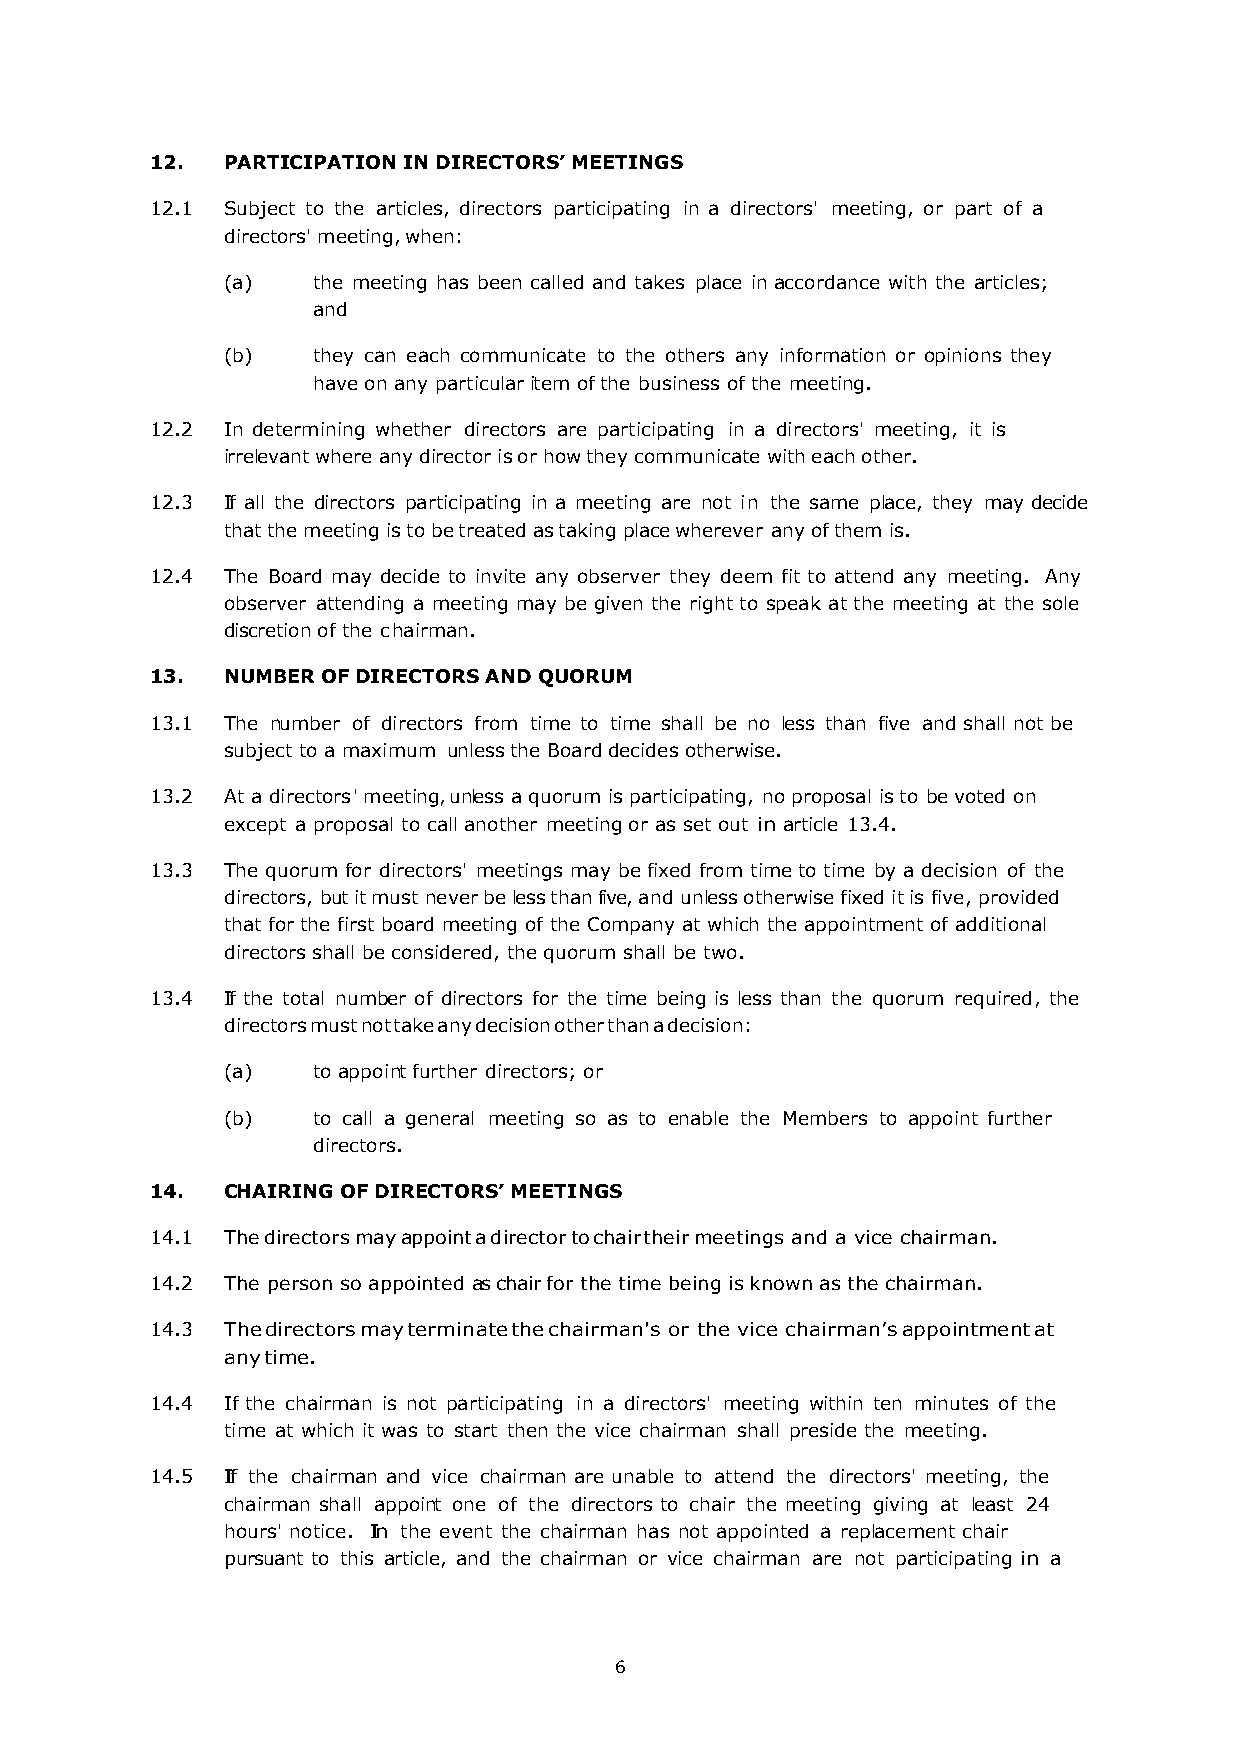
12.  PARTICIPATION IN DIRECTORS’ MEETINGS
 12.1 Subject to the articles, directors participating in a directors' meeting, or part of a
 directors' meeting, when:
 (a)   the meeting has been called and takes place in accordance with the articles;
 and
 (b)   they can each communicate to the others any information or opinions they
 have on any particular item of the business of the meeting.
 12.2 In determining whether directors are participating in a directors' meeting, it is
 irrelevant where any director is or how they communicate with each other.
 12.3 If all the directors participating in a meeting are not in the same place, they may decide
 that the meeting is to be treated as taking place wherever any of them is.
 12.4 The Board may decide to invite any observer they deem fit to attend any meeting. Any
 observer attending a meeting may be given the right to speak at the meeting at the sole
 discretion of the chairman.
 13.  NUMBER OF DIRECTORS AND QUORUM
 13.1 The number of directors from time to time shall be no less than five and shall not be
 subject to a maximum unless the Board decides otherwise.
 13.2 At a directors' meeting, unless a quorum is participating, no proposal is to be voted on
 except a proposal to call another meeting or as set out in article 13.4.
 13.3 The quorum for directors' meetings may be fixed from time to time by a decision of the
 directors, but it must never be less than five, and unless otherwise fixed it is five, provided
 that for the first board meeting of the Company at which the appointment of additional
 directors shall be considered, the quorum shall be two.
 13.4 If the total number of directors for the time being is less than the quorum required, the
 directors must not take any decision other than a decision:
 (a)   to appoint further directors; or
 (b)   to call a general meeting so as to enable the Members to appoint further
 directors.
 14.  CHAIRING OF DIRECTORS’ MEETINGS
 14.1 The directors may appoint a director to chair their meetings and a vice chairman.
 14.2 The person so appointed as chair for the time being is known as the chairman.
 14.3 The directors may terminate the chairman's or the vice chairman’s appointment at
 any time.
 14.4 If the chairman is not participating in a directors' meeting within ten minutes of the
 time at which it was to start then the vice chairman shall preside the meeting.
 14.5 If the chairman and vice chairman are unable to attend the directors' meeting, the
 chairman shall appoint one of the directors to chair the meeting giving at least 24
 hours' notice. In the event the chairman has not appointed a replacement chair
 pursuant to this article, and the chairman or vice chairman are not participating in a
 6